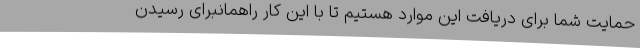
حمایت شما برای دریافت این موارد هستیم تا با این کار راهمانبرای رسیدن